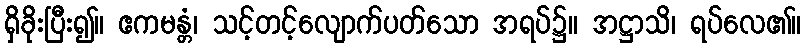
ရှိခိုးပြီး၍။ ဧကမန္တံ၊ သင့်တင့်လျောက်ပတ်သော အရပ်၌။ အဋ္ဌာသိ၊ ရပ်လေ၏။